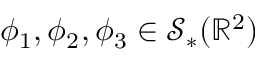
\phi _ { 1 } , \phi _ { 2 } , \phi _ { 3 } \in \mathcal { S } _ { * } ( \mathbb { R } ^ { 2 } )